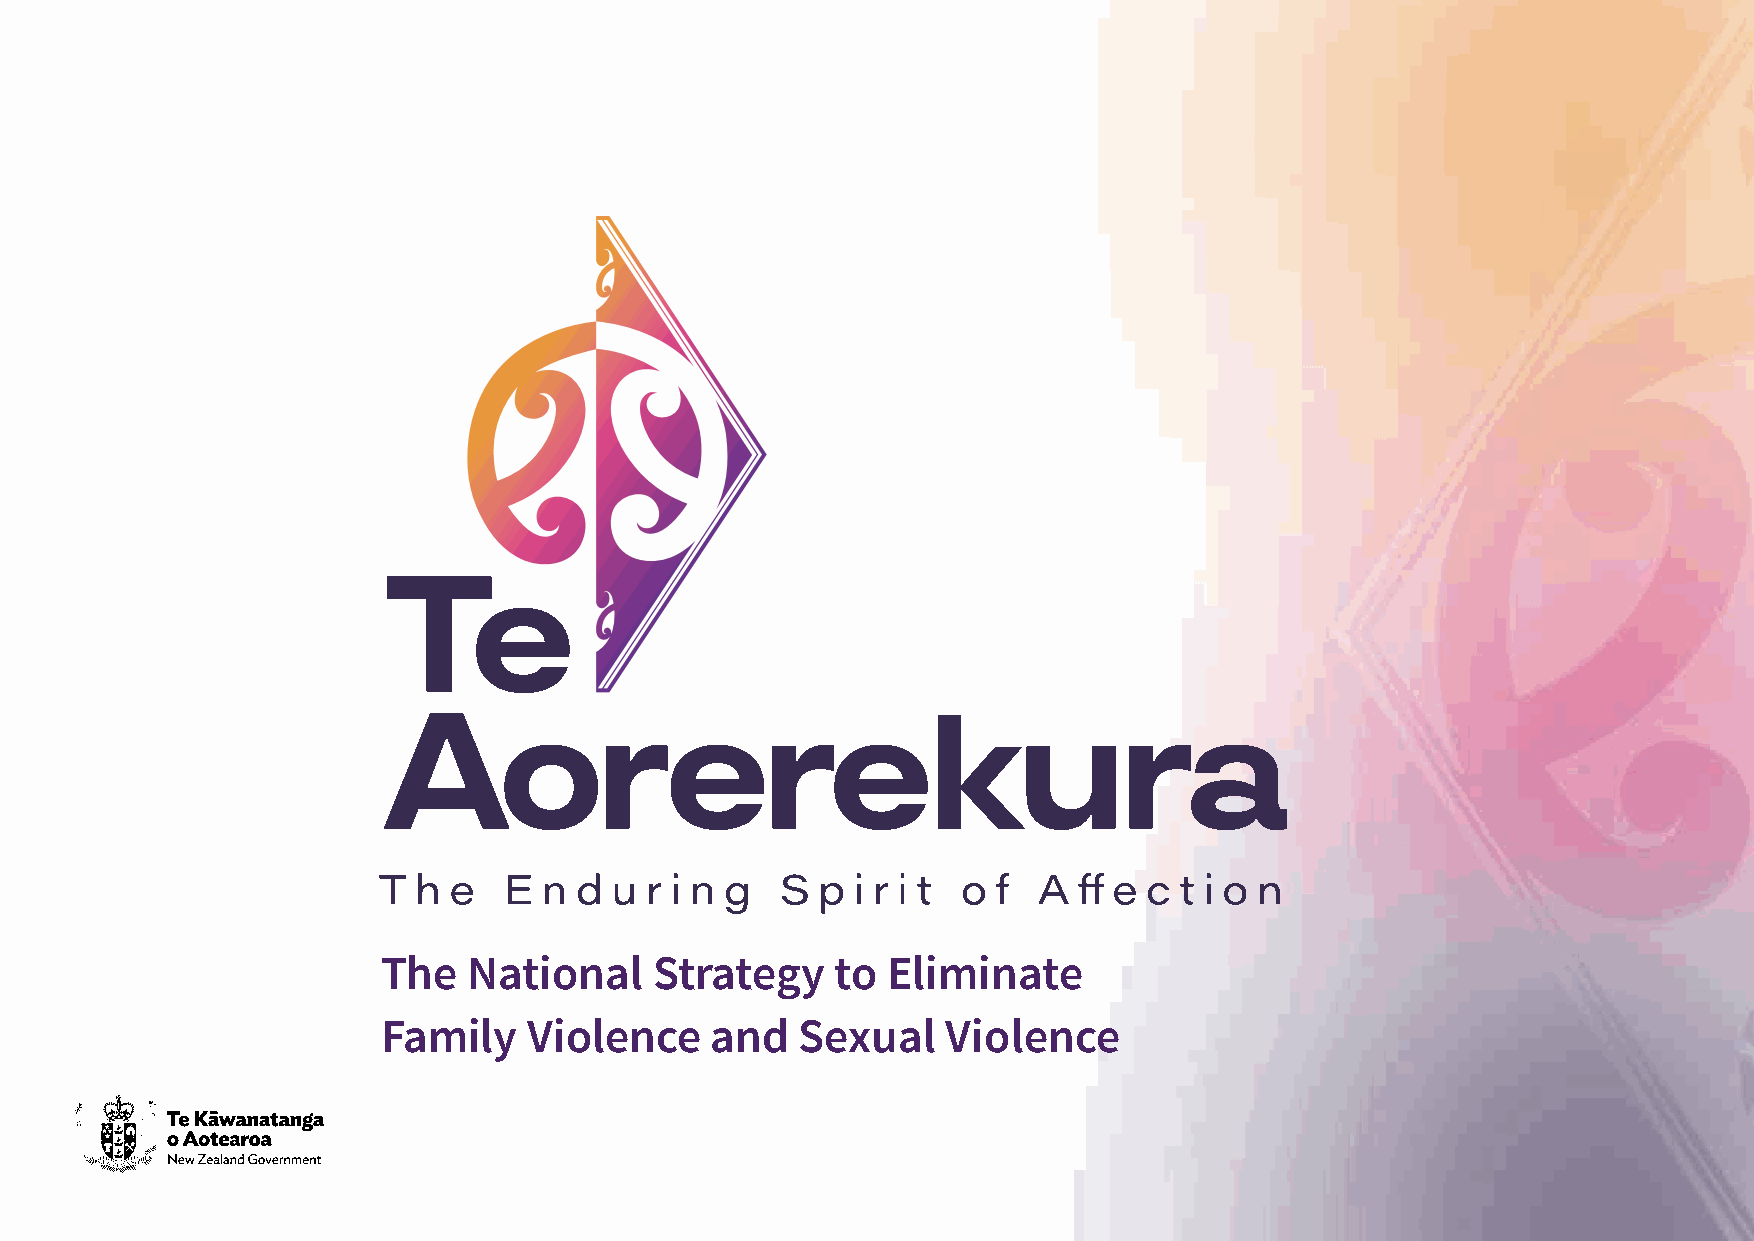
T h  e  E  n d u  r i n g  S p i r i t o f  A A  e c t i o n
 The   National    Strategy    to  Eliminate
 Family    Violence    and   Sexual    Violence